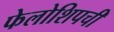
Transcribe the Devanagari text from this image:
फेलोशिपची